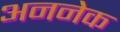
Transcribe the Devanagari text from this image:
अननेक